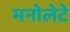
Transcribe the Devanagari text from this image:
मनोलेटे